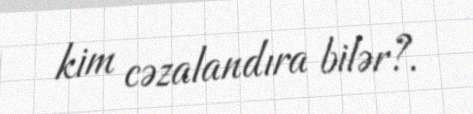
kim cəzalandıra bilər?.